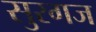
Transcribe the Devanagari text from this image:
सुरगज